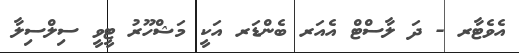
އެވެޓާރ - ދަ ލާސްޓް އެއަރ ބެންޑަރ އަކީ މަޝްހޫރު ޓީވީ ސިލްސިލާ